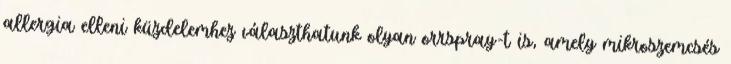
allergia elleni küzdelemhez választhatunk olyan orrspray-t is, amely mikroszemcsés